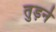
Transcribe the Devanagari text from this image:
तुड़ने